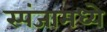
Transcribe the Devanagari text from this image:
स्पंजामध्ये